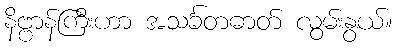
နိဗ္ဗာန်ကြီးဟာ အသင်္ခတဓာတ် လွမ်းနွယ်။